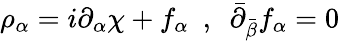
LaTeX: \rho_{\alpha}=i\partial_{\alpha}\chi+f_{\alpha}\ \ ,\ \ \bar{\partial}_{\bar{\beta}}f_{\alpha}=0